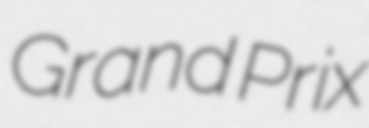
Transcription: Grand Prix